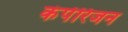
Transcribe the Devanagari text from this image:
कंपेरिजन